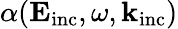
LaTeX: \alpha(\mathbf{E}_{\mathrm{{inc}}},\omega,\mathbf{k}_{\mathrm{{inc}}})